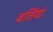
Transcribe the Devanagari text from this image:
वर्तियां